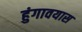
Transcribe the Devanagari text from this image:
हुंगावयास